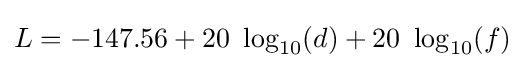
L=-147.56+20\ \log _{10}(d)+20\ \log _{10}(f)